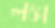
লঙ্কা